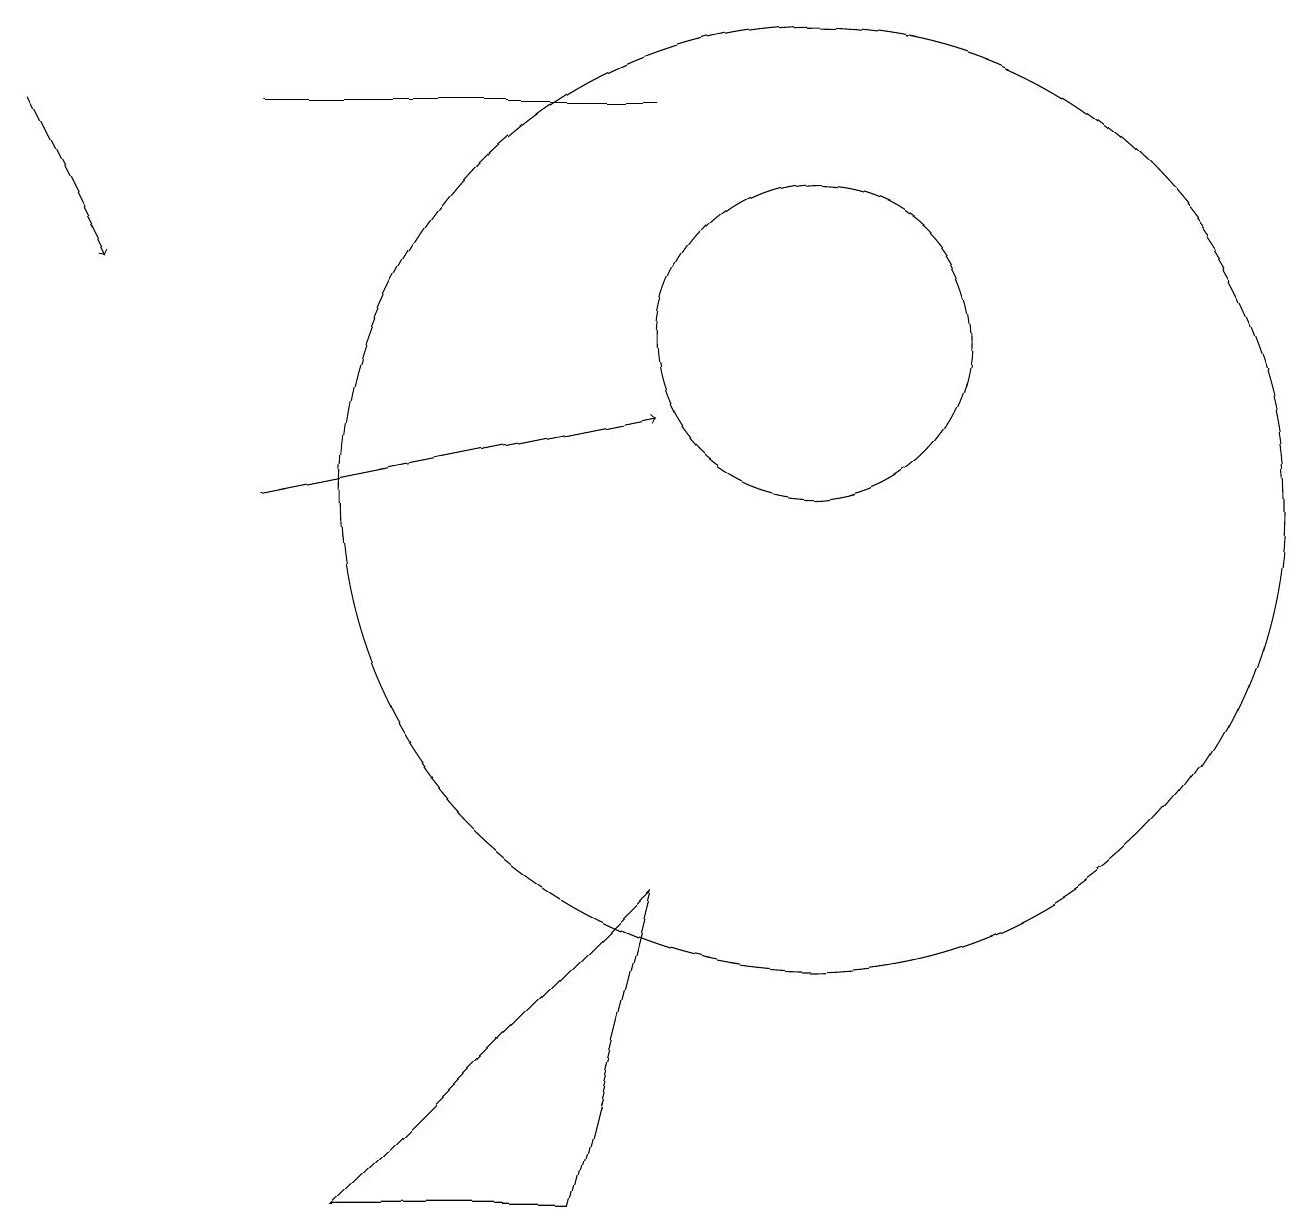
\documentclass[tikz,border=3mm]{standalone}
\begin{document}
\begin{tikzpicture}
\draw (4,1) -- (7,1) -- (8,5) -- cycle;
\draw[->] (3,10) -- (8,11);
\draw (3,15) rectangle (8,15);
\draw[->] (0,15) -- (1,13);
\draw (10,10) circle (6);
\draw (10,12) circle (2);
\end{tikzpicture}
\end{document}